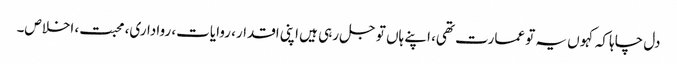
دل چاہا کہ کہو ں یہ تو عمارت تھی، اپنے ہاں تو جل رہی ہیں اپنی اقدار، روایات، رواداری، محبت، اخلاص۔